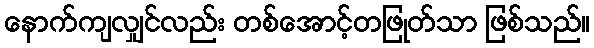
နောက်ကျလျှင်လည်း တစ်အောင့်တဖြုတ်သာ ဖြစ်သည်။